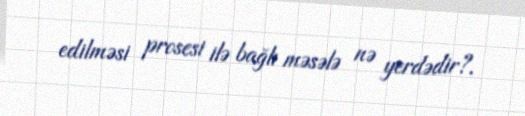
edilməsi prosesi ilə bağlı məsələ nə yerdədir?.